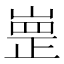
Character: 㟵